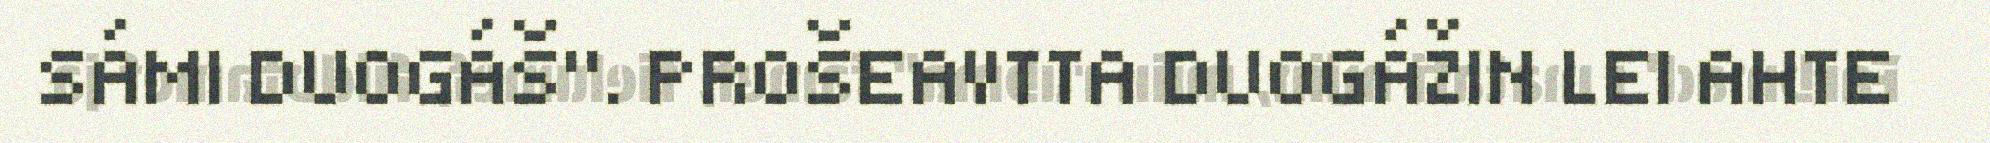
SÁMI DUOGÁŠ". PROŠEAVTTA DUOGÁŽIN LEI AHTE